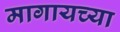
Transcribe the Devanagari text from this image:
मागायच्या